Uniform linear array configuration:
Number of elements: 16
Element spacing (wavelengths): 0.25
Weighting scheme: cosine
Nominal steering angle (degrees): -30
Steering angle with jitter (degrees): -30.142
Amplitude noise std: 0.05
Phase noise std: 0.05

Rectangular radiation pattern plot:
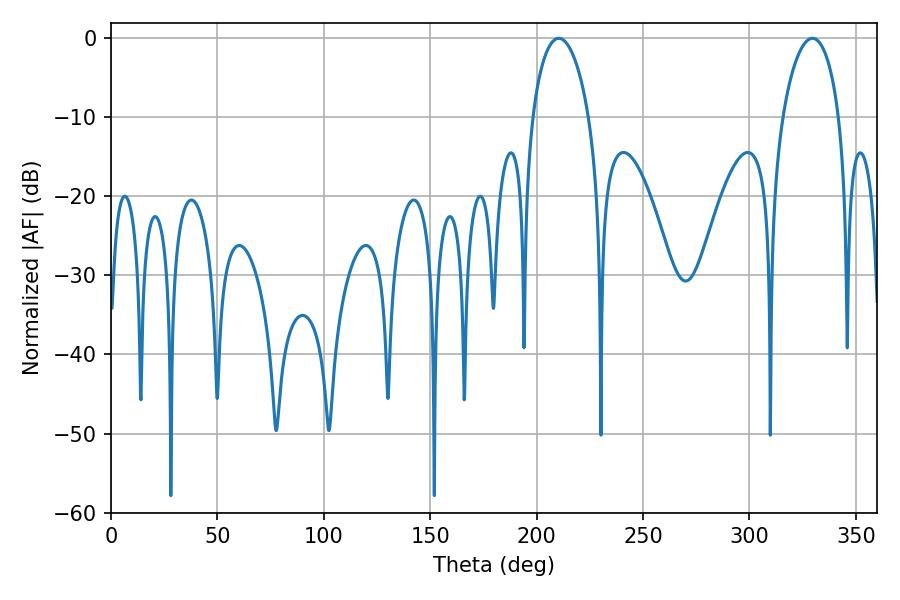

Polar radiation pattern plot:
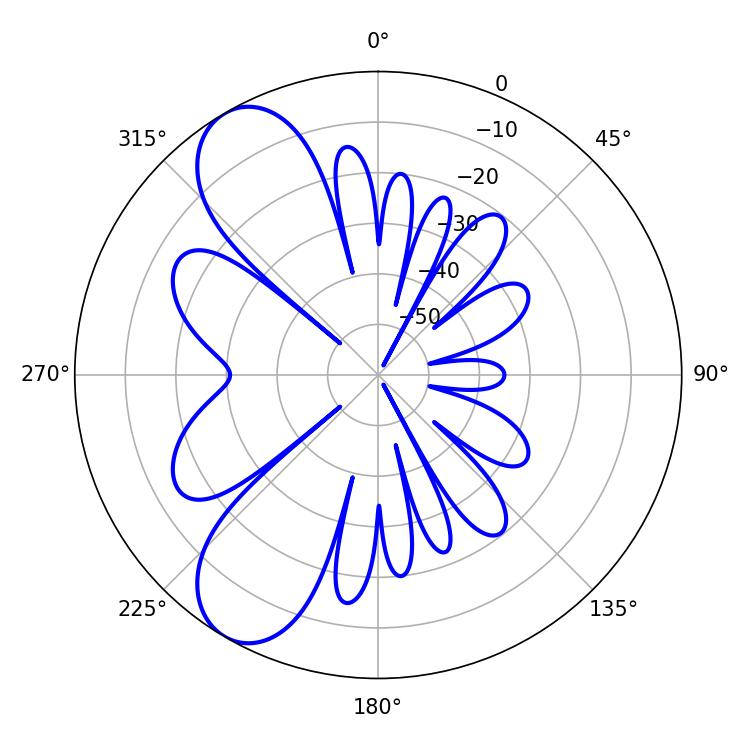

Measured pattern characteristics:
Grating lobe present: FALSE
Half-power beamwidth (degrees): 15.3
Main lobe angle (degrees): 210.42